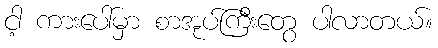
ငါ့ ကားပေါ်မှာ စာအုပ်ကြီးတွေ ပါလာတယ်။